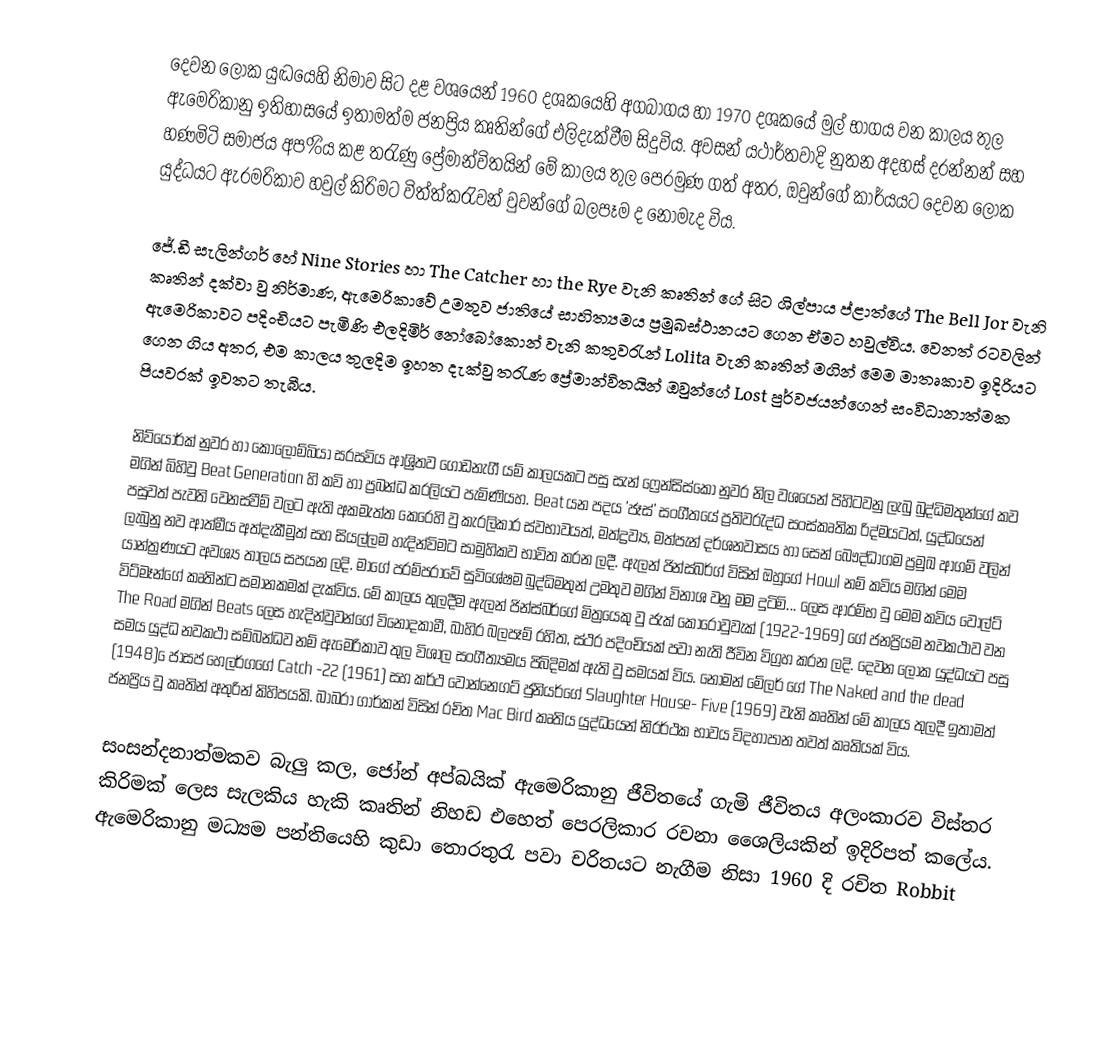
දෙවන ලෝක යුද්‍ධයෙහි නිමාව සිට දළ වශයෙන් 1960 දශකයෙහි අගබාගය හා 1970 දශ‍කයේ මුල් භාගය වන කාලය තුල ඇමෙරිකානු ඉතිහාසයේ ඉතාමත්ම ජනප්‍රිය කෘතින්ගේ එලිදැක්වීම සිදුවිය. අවසන් යථාර්තවාදි නුතන අදහස් දරන්නන් සහ හණමිටි සමාජය අප%ිය කළ තරැණු ප්‍රේමාන්විතයින් මේ කාලය තුල පෙරමුණ ගත් අතර, ඔවුන්ගේ කාර්යයට දෙවන ලෝක යුද්ධයට ඇරමරිකාව හවුල් කිරිමට විත්ත්කරැවන් වුවන්ගේ බලපෑම ද නොමැද විය.

	ජේ.ඩී සැලින්ගර් හේ Nine Stories හා The Catcher හා the Rye  වැනි කෘතින් ගේ සිට ශිල්පාය ප්ළාත්ගේ  The Bell Jor වැනි කෘතින් දක්වා වු නිර්මාණ, ඇමෙරිකාවේ උමතුව ජාතියේ සාහිත්‍යමය ප්‍රමුඛස්ථානයට ගෙන ඒමට හවුල්විය. වෙනත් රටවලින් ඇමෙරිකාවට පදිංචියට පැමිණි එලදිමිර් නෝබෝකොන් වැනි කතුවරැන් Lolita වැනි කෘතින් මගින් මෙම මාතෘකාව ඉදිරියට ගෙන ගිය අතර, එම කාලය තුලදිම ඉහත දැක්වු තරැණ ප්‍රේමාන්විතයින් ඔවුන්ගේ  Lost පුර්වජයන්ගෙන් සංවිධානාත්මක පියවරක් ඉවතට තැබීය.

නිව්යෝර්ක් නුවර හා කොලොම්බියා සරසවිය ආශ්‍රිතව ගොඩනැගී යම් කාලයකට පසු සැන් ‍ෆ්‍රෙන්සිස්කෝ නුවර නිල වශයෙන් පිහිටවනු ලැබු බුද්ධිමතුන්ගේ කව මගින් බිහිවු  Beat Generation හි කවි හා ප්‍රබන්ධ කරලියට පැමිණියහ.  Beat යන පදය 'ජෑස්' සංගීතයේ ප්‍රතිවරැද්ධ සංස්කෘතික රිද්මයටත්, යුද්ධයෙන් පසුවත් පැවති වෙනස්වීම් වලට ඇති අකමැත්ත කෙරෙහි වු කැරලිකාර ස්වභාවයත්, මත්ද්‍රව්‍ය, මත්පැන් දර්ශනවාසය හා සෙන් බෞද්ධාගම ප්‍රමුඛ ආගම් වලින් ලැබුනු නව ආත්මීය අත්දැකීමුත් සහ සියල්ලම හැදින්විමට සාමුහිකව භාවිත කරන ලදී. ඇලන් ජින්ස්බර්ග් විසින් ඔහුගේ  Howl නම් කවිය මගින් මෙම යාන්ත්‍රණයට අවශ්‍ය තාලය සපයන ලදි. මාගේ පරම්පරාවේ සුවිශේෂම බුද්ධිමතුන් උමතුව මගින් විනාශ වනු මම දුටිමි... ලෙස ආරම්භ වු මෙම කවිය වෝල්ට් විට්මෑන්ගේ කෘතින්ට සමානකමක් දැක්විය. මේ කාලය තුලදීම ඇලන් ජින්ස්බර්ගේ මිත්‍රයෙකු වු ජැක් කොරොවුවැක් (1922-1969) ගේ ජනප්‍රියම නවකථාව වන The Road  මගින් Beats  ලෙස හැදින්වුවන්ගේ විනෝදකාමී,  බාහිර බලපෑම් රහිත, ස්ථර පදිංචියක් පවා නැති ජීවින විග්‍රහ කරන ලදි. දෙවන ලෝක යුද්ධයට පසු සමය යුද්ධ නවකථා සම්බන්ධව නම් ඇමෙරිකාව තුල විශාල සංගීත්‍යමය පිබිදිමක් ඇති වු සමයක් විය. නෝමන් මේලර් ගේ The Naked and the dead (1948)  ‍ෙජා්සප් හෙලර්ගගේ  Catch -22 (1961) සහ කර්ථ වොන්නෙගට් ජුනියර්ගේ   Slaughter House- Five (1969) වැනි කෘතින් මේ කාලය තුලදී ඉතාමත් ජනප්‍රිය වු කෘතින් අතුරින් කිහිපයකි. බාබරා ගාර්කන් විසින් රචිත  Mac Bird කෘතිය යුද්ධයෙන් නිරර්ථක භාවය විදහාපාන තවත් කෘතියක් විය.

සංසන්දනාත්මකව බැලු කල, ජෝන් අප්බයික් ඇමෙරිකානු ජීවිතයේ ගැමි ජීවිතය අලංකාරව විස්තර කිරිමක් ලෙස සැලකිය හැකි කෘතින් නිහඩ එහෙත් පෙරලිකාර රචනා ශෛලියකින් ඉදිරිපත් කලේය. ඇමෙරිකානු මධ්‍යම පන්තියෙහි කුඩා තොරතුරැ පවා චරිතයට නැගීම නිසා 1960 දි රචිත Robbit